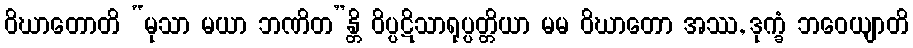
ဝိဃာတောတိ “မုသာ မယာ ဘဏိတ”န္တိ ဝိပ္ပဋိသာရုပ္ပတ္တိယာ မမ ဝိဃာတော အဿ, ဒုက္ခံ ဘဝေယျာတိ